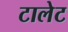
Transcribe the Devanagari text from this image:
टालेट